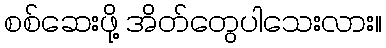
စစ်ဆေးဖို့ အိတ်တွေပါသေးလား။